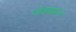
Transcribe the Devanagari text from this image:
पोलराइज़्ड